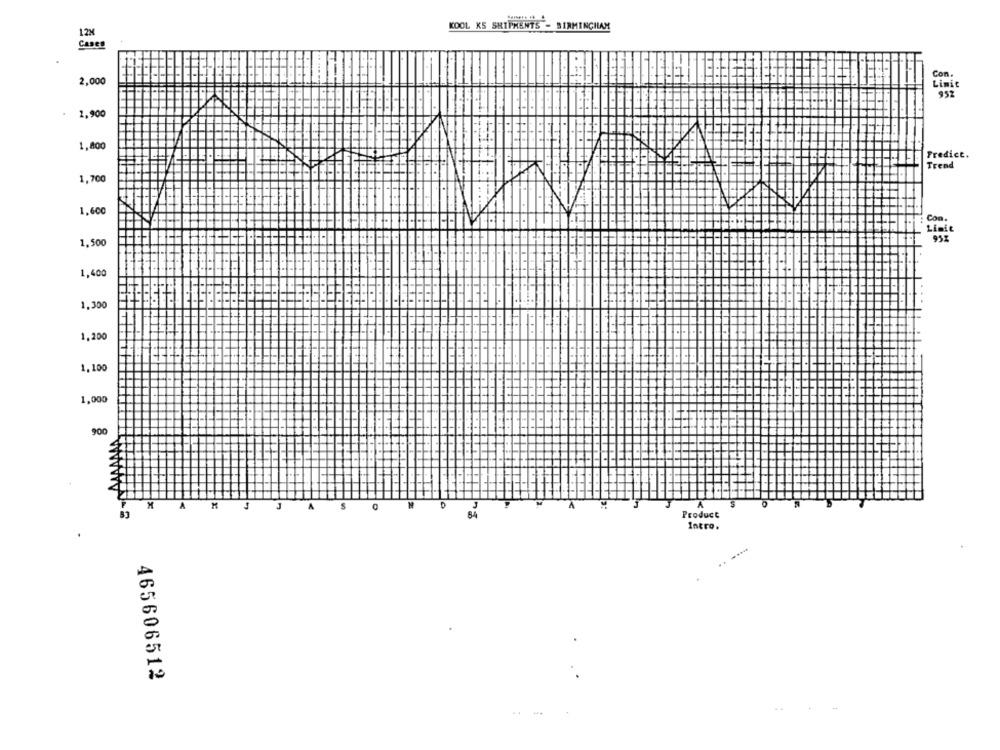
KOOL KS SHIPMENTS - BIRMINGHAM
12M
Cases
2.000
Con.
Linie
1.900
1.800
Predict.
Trend
1,700
1.600
: Con.
Limit
95%
1,500
1,400
1,300
1.200
1,100
1,000
900
A
O
M
A
M
Product
Intro.
465606512